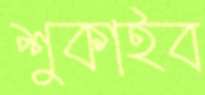
শুকাইব